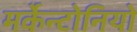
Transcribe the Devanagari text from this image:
मर्केन्टोनियो